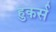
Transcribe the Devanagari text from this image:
हुकर्स